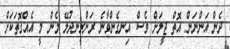
ދެން އަންނަން އޮތް ޖީލަށް ވެސް އިނގެންވާނެ ރަންރީނދުލޭ މެން މީ އެއްގޮތަކަށް